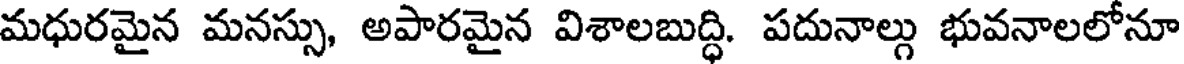
మధురమైన మనస్సు, అపారమైన విశాలబుద్ధి. పదునాల్గు భువనాలలోనూ